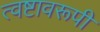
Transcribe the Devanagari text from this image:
त्वष्टावरूपी